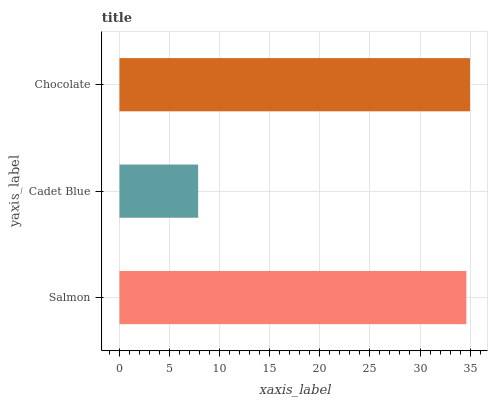
| yaxis_label | bars |
 | --- | --- |
 | Salmon | 34.6 |
 | Cadet Blue | 7.86 |
 | Chocolate | 35 |